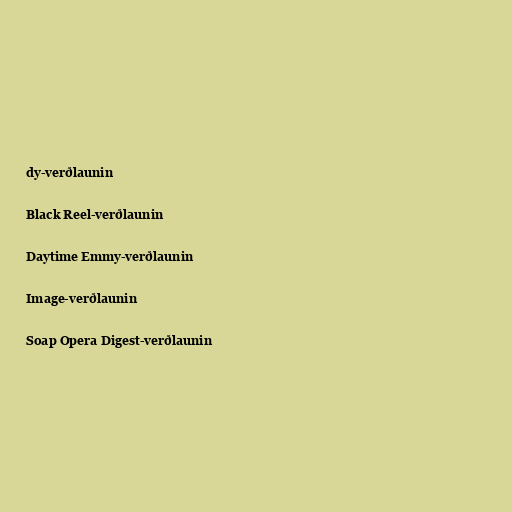
dy-verðlaunin

Black Reel-verðlaunin

Daytime Emmy-verðlaunin

Image-verðlaunin

Soap Opera Digest-verðlaunin